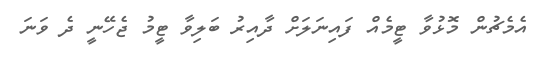
އެމެޗުން މޮޅުވާ ޓީމެއް ފައިނަލަށް ދާއިރު ބަލިވާ ޓީމު ޖެހޭނީ ދެ ވަނަ